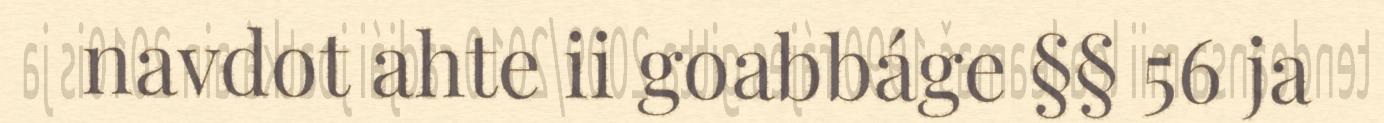
navdot ahte ii goabbáge §§ 56 ja